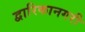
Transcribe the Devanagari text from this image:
द्वारिकानगरी